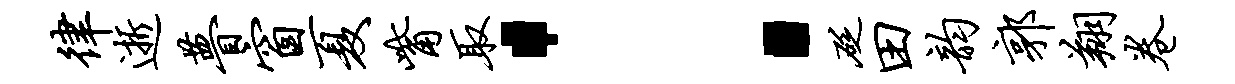
律逝瞢窗夏觜取：砭田韵郭翔卷